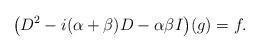
LaTeX: \begin{align*}\big(D^2-i(\alpha+\beta)D-\alpha\beta I\big)(g)=f.\end{align*}